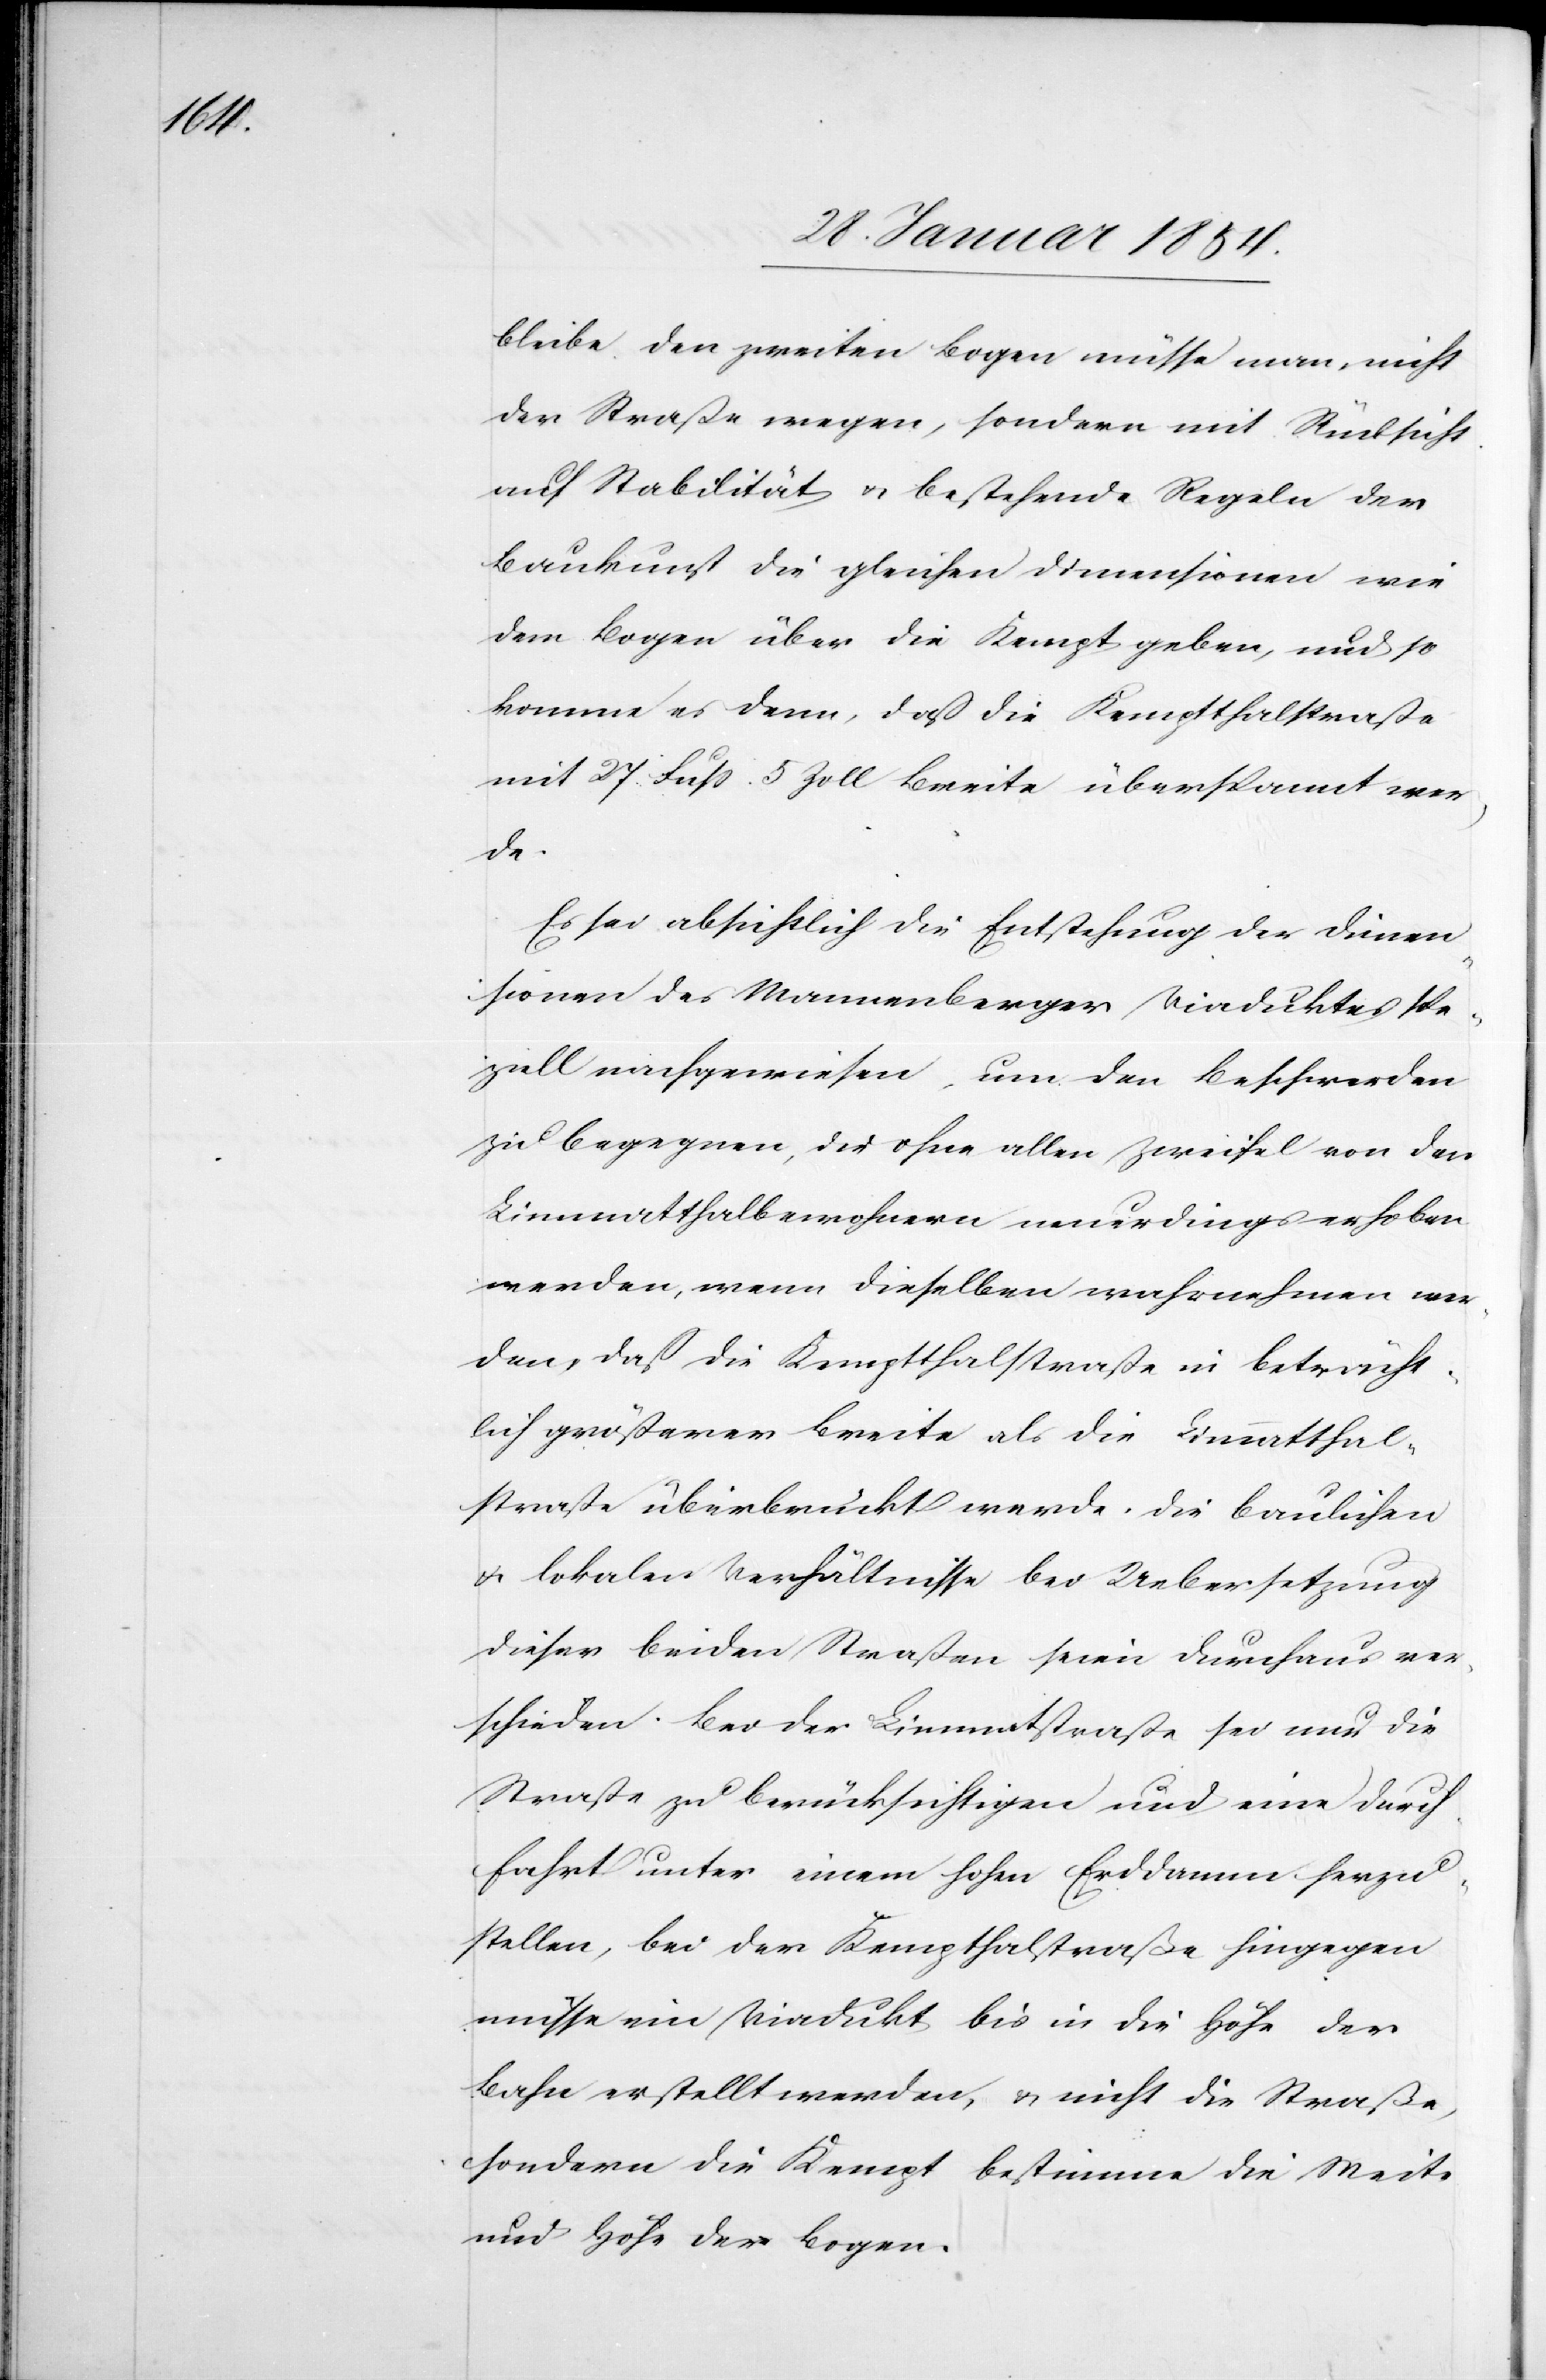
bleibe. Den zweiten Bogen müsse man, nicht
der Straße wegen, sondern mit Rücksicht
auf Stabilität u. bestehende Regeln der
Baukunst die gleichen Dimensionen wie
dem Bogen über die Kempt geben, und so
komme es denn, daß die Kemptthalerstraße
mit 27 Fuß 5 Zoll Breite überspannt wer¬
de.
Es sei absichtlich die Entstehung der Dimen¬
sionen des Wannenberger Viaduktes spe¬
ziell nachgewiesen, um den Beschwerden
zu begegnen, die ohne allen Zweifeln von der
Limmatthalbewohnern neuerdings erhoben
werden, wenn dieselben wahrnehmen wer¬
den, daß die Kemptthalerstraße in beträcht¬
lich größerer Breite als die Limmatthale¬
rstraße überbrückt werde. Die baulichen
u. lokalen Verhältnisse bei Uebersetzung
dieser beiden Straßen seien durchaus ver¬
schieden. Bei der Limmatstraße sei nur die
Straße zu berücksichtigen und eine Durch¬
fahrt unter einem hohen Erddamm herzu¬
stellen, bei der Kemptthalstraße hingegen
müsse ein Viadukt bis in die Höhe der
Bahn erstellt werden, u. nicht die Straße,
sondern die Kempt bestimme die Weite
und Höhe der Bogen.